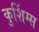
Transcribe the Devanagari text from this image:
कुशिंग्स